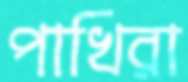
পাখিরা